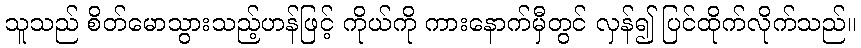
သူသည် စိတ်မောသွားသည့်ဟန်ဖြင့် ကိုယ်ကို ကားနောက်မှီတွင် လှန်၍ ပြင်ထိုက်လိုက်သည်။